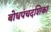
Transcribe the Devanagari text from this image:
बोधपंचदशिका